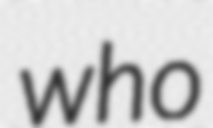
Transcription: who